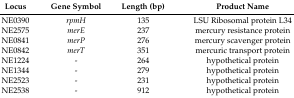
| Locus | Gene Symbol | Length (bp) | Product Name |
 | --- | --- | --- | --- |
 | NE0390 | rpmH | 135 | LSU Ribosomal protein L34 |
 | NE2575 | merE | 237 | mercury resistance protein |
 | NE0841 | merP | 276 | mercury scavenger protein |
 | NE0842 | merT | 351 | mercuric transport protein |
 | NE1224 | - | 264 | hypothetical protein |
 | NE1344 | - | 279 | hypothetical protein |
 | NE2523 | - | 231 | hypothetical protein |
 | NE2538 | - | 912 | hypothetical protein |